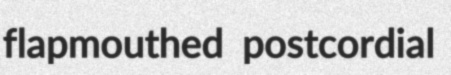
flapmouthed postcordial